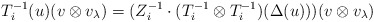
\begin{align*}T_i^{-1}(u)(v\otimes v_\lambda)=(Z_i^{-1}\cdot(T_i^{-1}\otimes T_i^{-1})(\Delta(u)))(v\otimes v_\lambda)\end{align*}